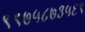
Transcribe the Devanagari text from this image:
९९७५८७३५६९